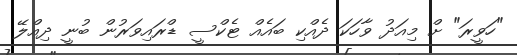
"ހަވީރަ" ށް މިއަދު ވާހަކަ ދެއްކި ބައެއް ޓެކްސީ ޑްރައިވަރުން ބުނީ ދިއްލޭ